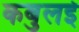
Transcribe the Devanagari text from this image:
कबुलई